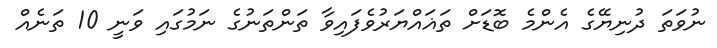
ނުވަތަ ދުނިޔޭގެ އެންމެ ބޮޑަށް ތަޣައްޔަރުވެފައިވާ ތަންތަނުގެ ނަމުގައި ވަނީ 10 ތަނެއް